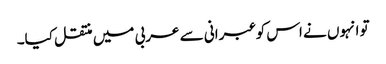
تو انہوں نے اس کو عبرانی سے عربی میں منتقل کیا۔